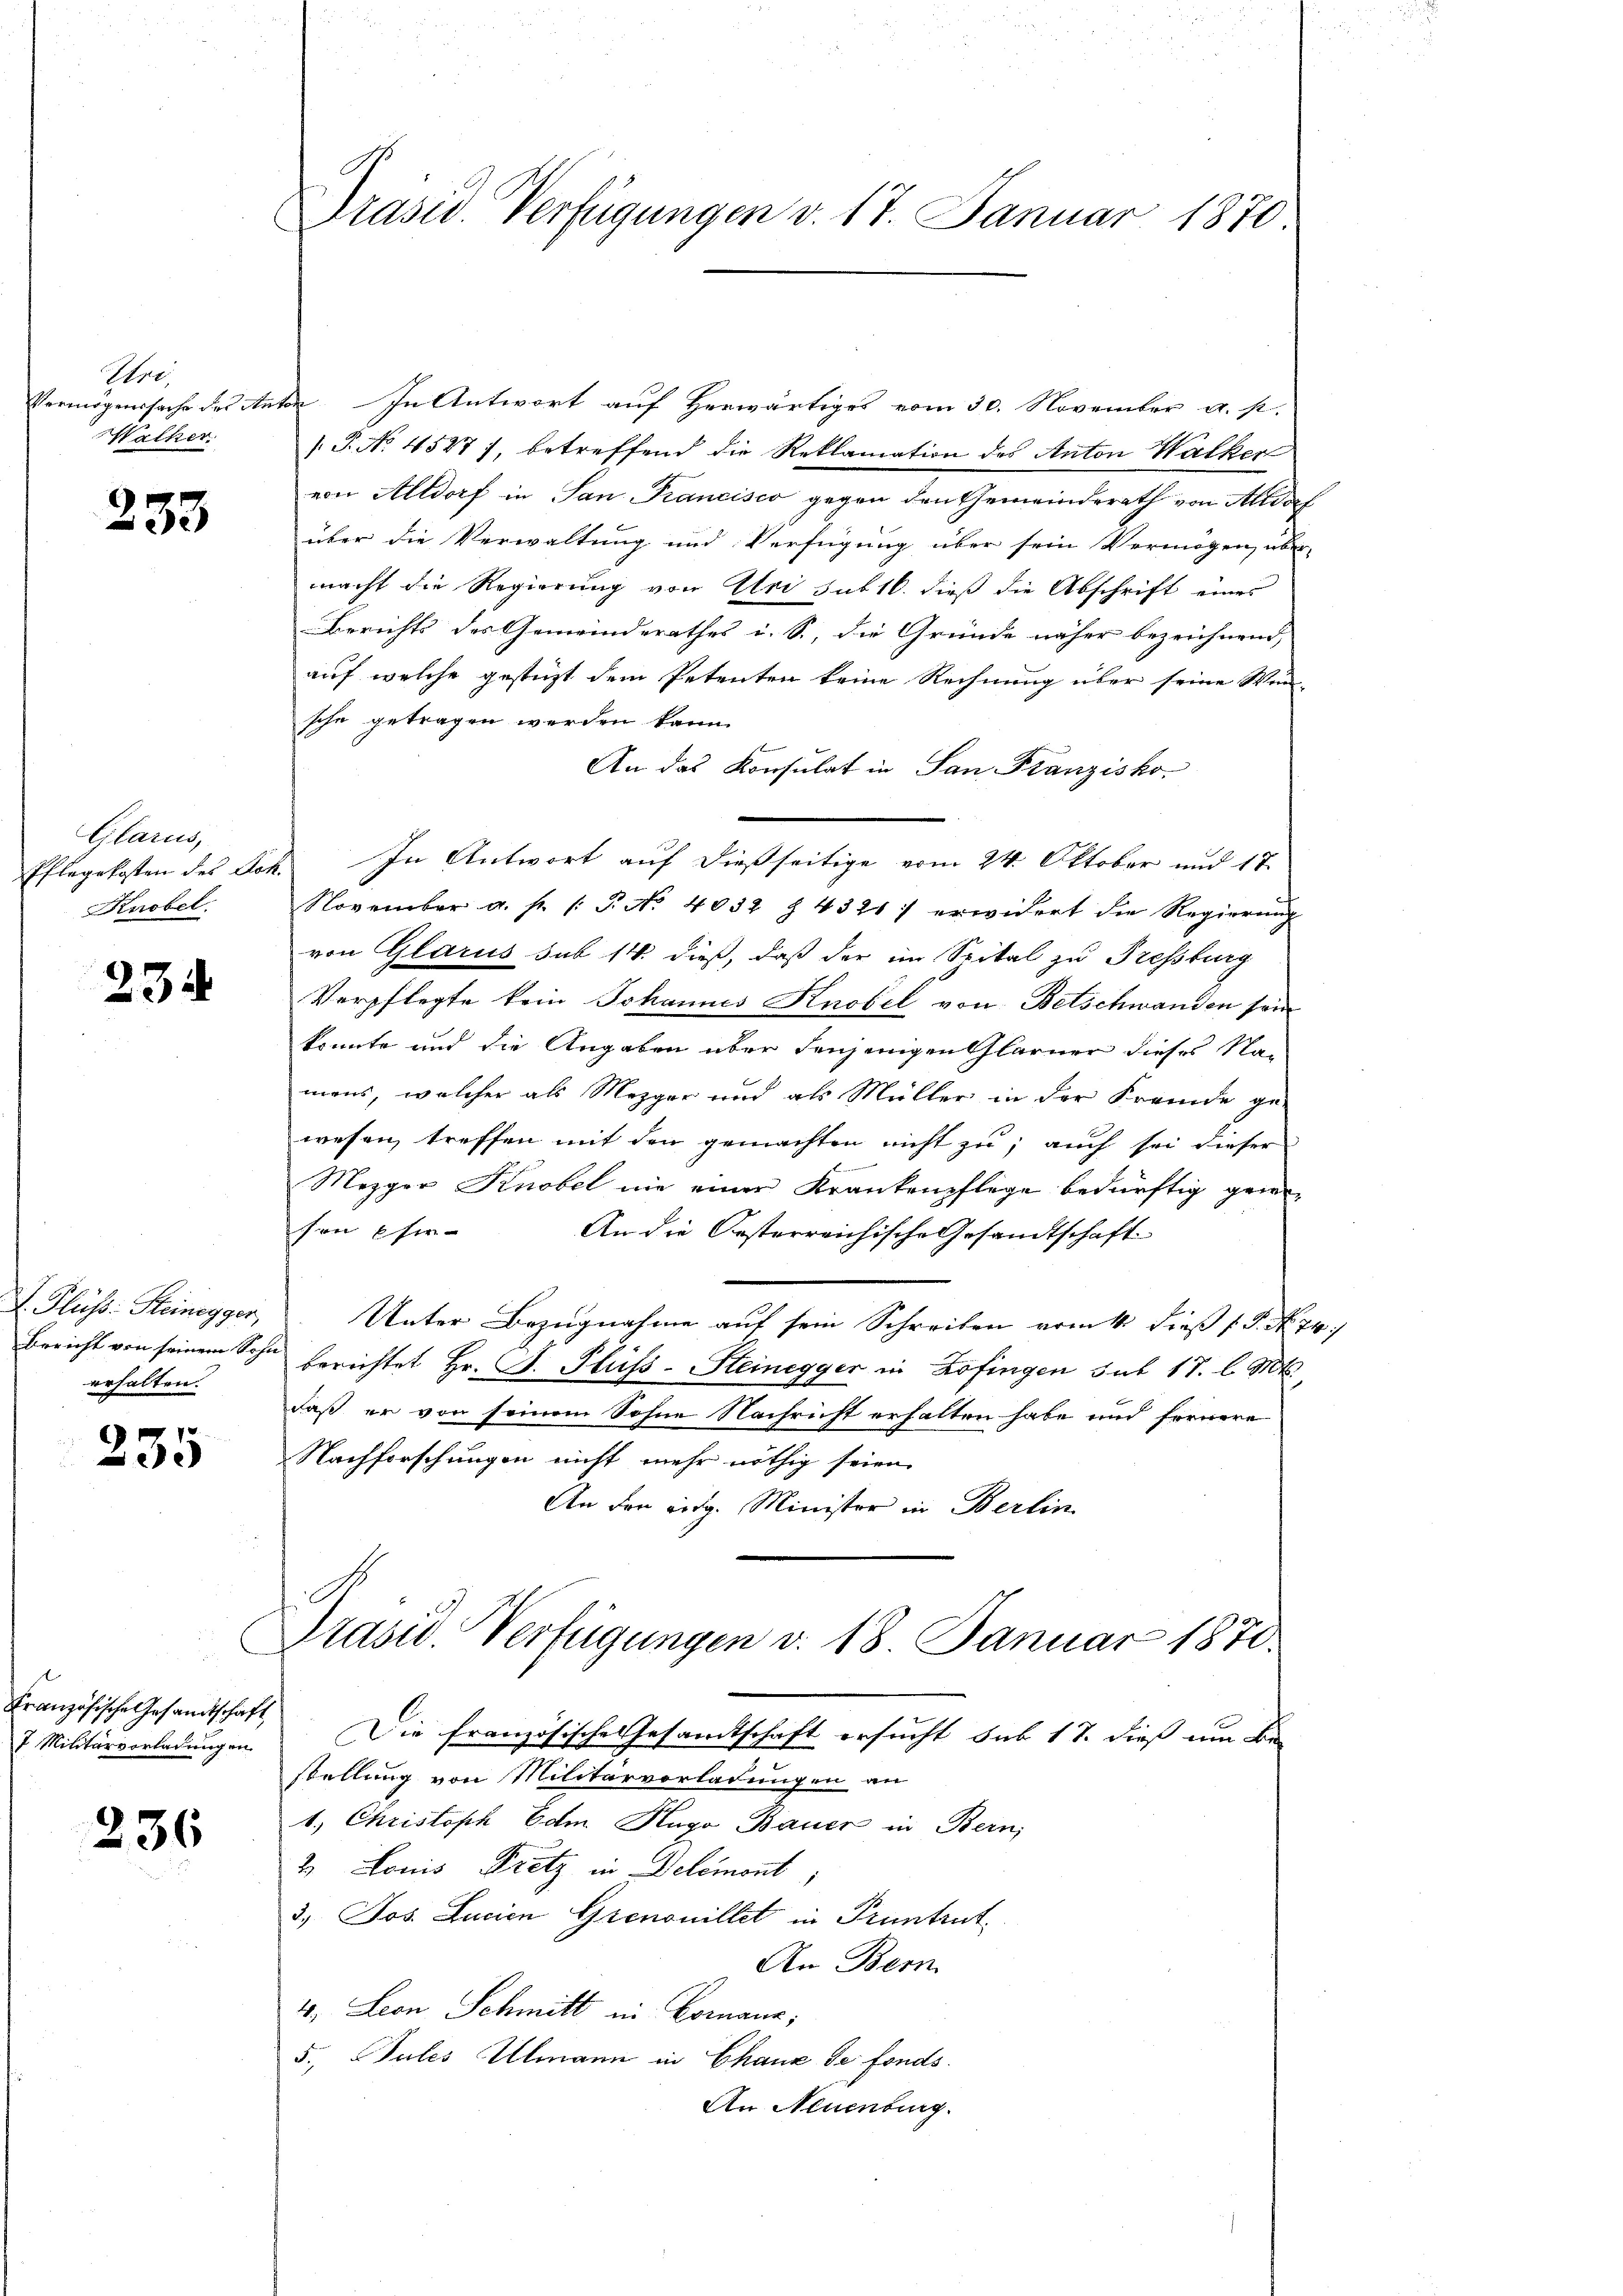
Ire
Walker

233

Glarus,
Knobel.

erhalten.

7 Militärvorladungen

236

Vermögenssache des Antor. In Antwort auf Herwärtiges vom 30. November a. p.
.P. No. 4527), betreffend die Reklamation des Anton Walker
von Altdorf in San Francisco gegen den Gemeinderath von Altdorf
über die Verwaltung und Verfügung über sein Vermögen, über-
macht die Regierung von Uri sub 16. dieß die Abschrift eines
Berichts des Gemeinderathes i. S., die Gründe näher bezeichnend,
auf welche gestüzt dem Petenten keine Rechnung über seine Win-
sche getragen werden kann.
An das Konsulat in San Franzisko¬
Pflegekosten des Sch. In Antwort auf dießseitige vom 24. Oktober und 17.
November a. f. (: P. No. 4032 § 4321) erwidert die Regierung
von Glarus sub 14. dieß, daß der im Spital zu Fressburg
8 Verpflegte kein Johannes Knobel von Betschwanden sein
könnte und die Angaben über denjenigen Glarner dieses Namens, welcher als Mezger und als Müller in der Fremde ge-
wesen, treffen mit den gemachten nicht zu, auch sei dieser
E
Mezger Knobel nie einer Krankenpflege bedürftig gewesen Ein-
An die Oesterreichische Gesandtschaft
 Fluss: Steinegger, Unter Bezugnahme auf sein Schreiben vom 11. dieß P. Nr. 74,
Bericht von seinem Sohn berichtet Hr. J. Pluss-Steinegger in Zofingen sub 17. l. Mts.
daß er von seinem Sohne Nachricht erhalten habe und fernere
  Nachforschungen nicht mehr nöthig seien.
An den eidg. Minister in Berlin
C
Präsid. Verfügungen v. 18. Januar 1870.
Französische Gesandtschaft. Die französische Gesamtschaft ersucht sub 17. dieß um Bestellung von Militarvorladungen an
1. Christoph Edm Hugo Bauer in Bern,
2. Louis Fritz in Delemont
3) Jos. Lucien Grenonillet in Pruntrut
An Bem
4. Leon Schmitt in Comanz;
5., Gutes Ulmann in Chaux de fonds.
An Neuenburg.

Präsid. Verfügungen v. 17. Januar 1870.